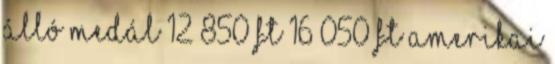
álló medál 12 850 Ft 16 050 Ft Amerikai